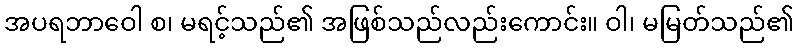
အပရဘာဝေါ စ၊ မရင့်သည်၏ အဖြစ်သည်လည်းကောင်း။ ဝါ၊ မမြတ်သည်၏